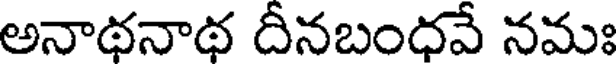
అనాథనాథ దీనబంధవే నమః